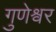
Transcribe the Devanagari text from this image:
गुणेश्वर